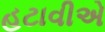
હટાવીએ